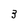
Character: 3